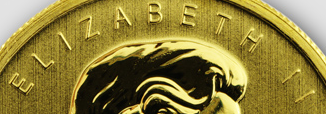
ELIZABETH II